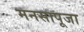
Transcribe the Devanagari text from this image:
मनसापूजा